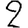
Digit: 2